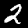
Label: 2